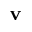
\mathbf { v }